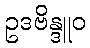
ဥဒဗိန္ဒူဝ